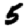
Digit: 5